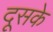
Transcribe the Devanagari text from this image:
दूसके